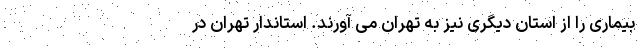
بیماری را از استان دیگری نیز به تهران می آورند. استاندار تهران در